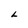
Character: L